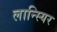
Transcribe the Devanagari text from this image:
लान्स्यिर